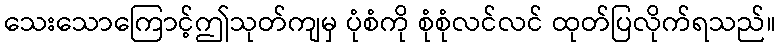
သေးသောကြောင့်ဤသုတ်ကျမှ ပုံစံကို စုံစုံလင်လင် ထုတ်ပြလိုက်ရသည်။